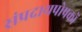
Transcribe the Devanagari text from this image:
संप्रदायपोषकों